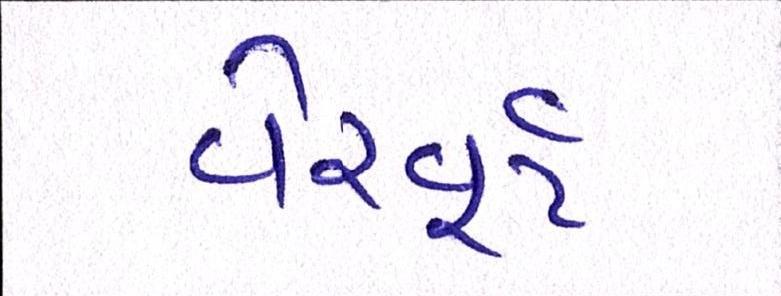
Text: વેરવૂર્ટ